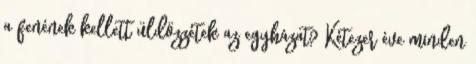
a fenének kellett üldözzétek az egyházat? Kétezer éve minden